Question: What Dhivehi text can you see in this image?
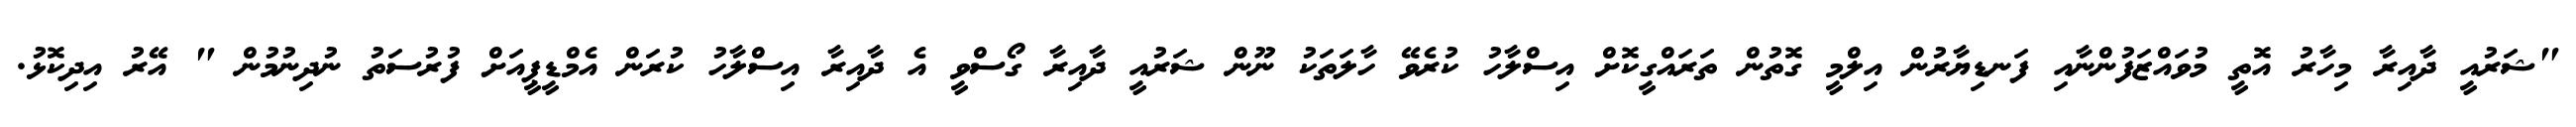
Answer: "ޝަރުއީ ދާއިރާ މިހާރު އޮތީ މުވައްޒަފުންނާއި ފަނޑިޔާރުން އިލްމީ ގޮތުން ތަރައްގީކޮށް އިސްލާހު ކުރެވޭ ހާލަތަކު ނޫން ޝަރުއީ ދާއިރާ ގޯސްވީ އެ ދާއިރާ އިސްލާހު ކުރަން އެމްޑީޕީއަށް ފުރުސަތު ނުދިނުމުން " އޭރު އިދިކޮޅު.